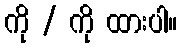
ကို / ကို ထားပါ။